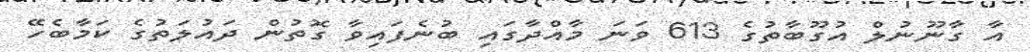
އާ ގާނޫނުލް އުގޫބާތުގެ 613 ވަނަ މާއްދާގައި ބުނެފައިވާ ގޮތުން ދައުލަތުގެ ކަމާބެހޭ